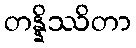
တန္နိဿိတာ